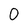
Character: 0